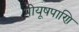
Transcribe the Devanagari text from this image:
पीयूषपाणि